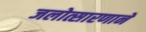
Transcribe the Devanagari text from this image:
जलोत्सारणाने